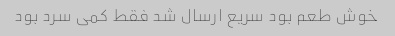
خوش طعم بود سریع ارسال شد فقط کمی سرد بود